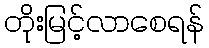
တိုးမြင့်လာစေရန်